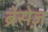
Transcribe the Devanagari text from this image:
ब्रेसेज़